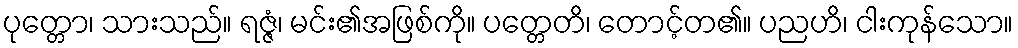
ပုတ္တော၊ သားသည်။ ရဇ္ဇံ၊ မင်း၏အဖြစ်ကို။ ပတ္တေတိ၊ တောင့်တ၏။ ပညဟိ၊ ငါးကုန်သော။